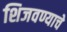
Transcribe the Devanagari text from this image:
शिजवण्याचे